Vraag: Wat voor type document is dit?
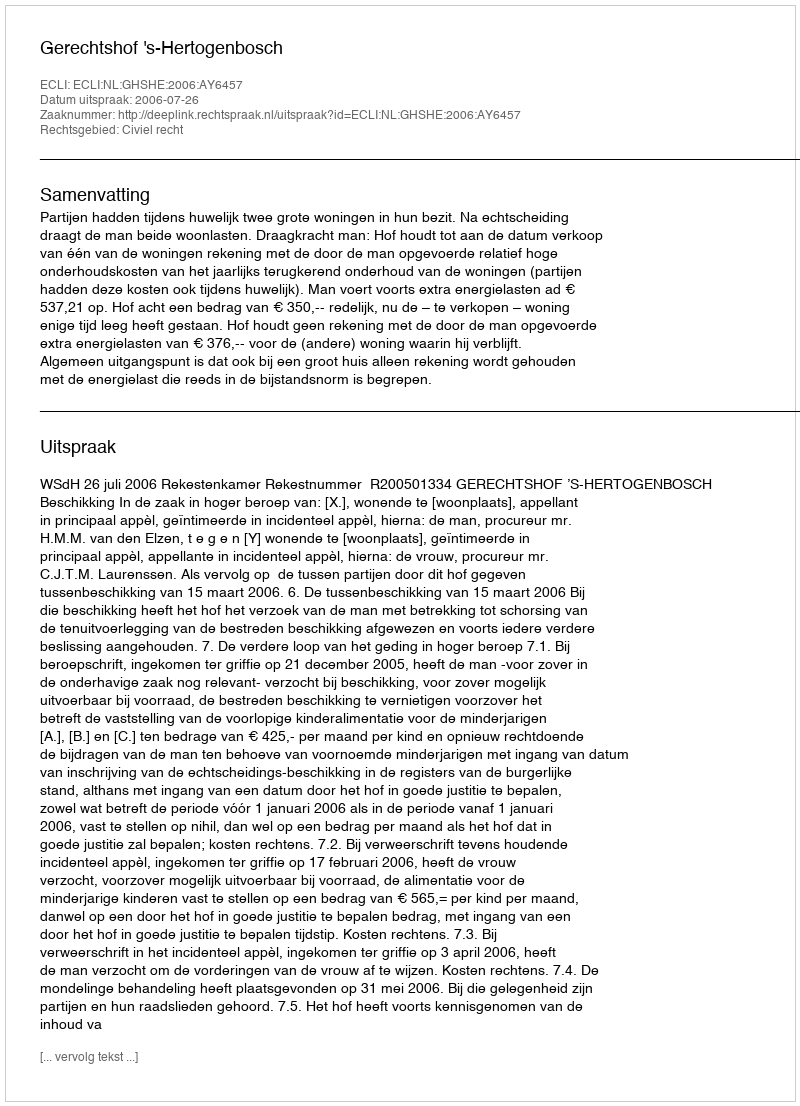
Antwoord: Uitspraak